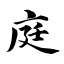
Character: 庭